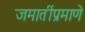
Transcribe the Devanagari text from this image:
जमातींप्रमाणे